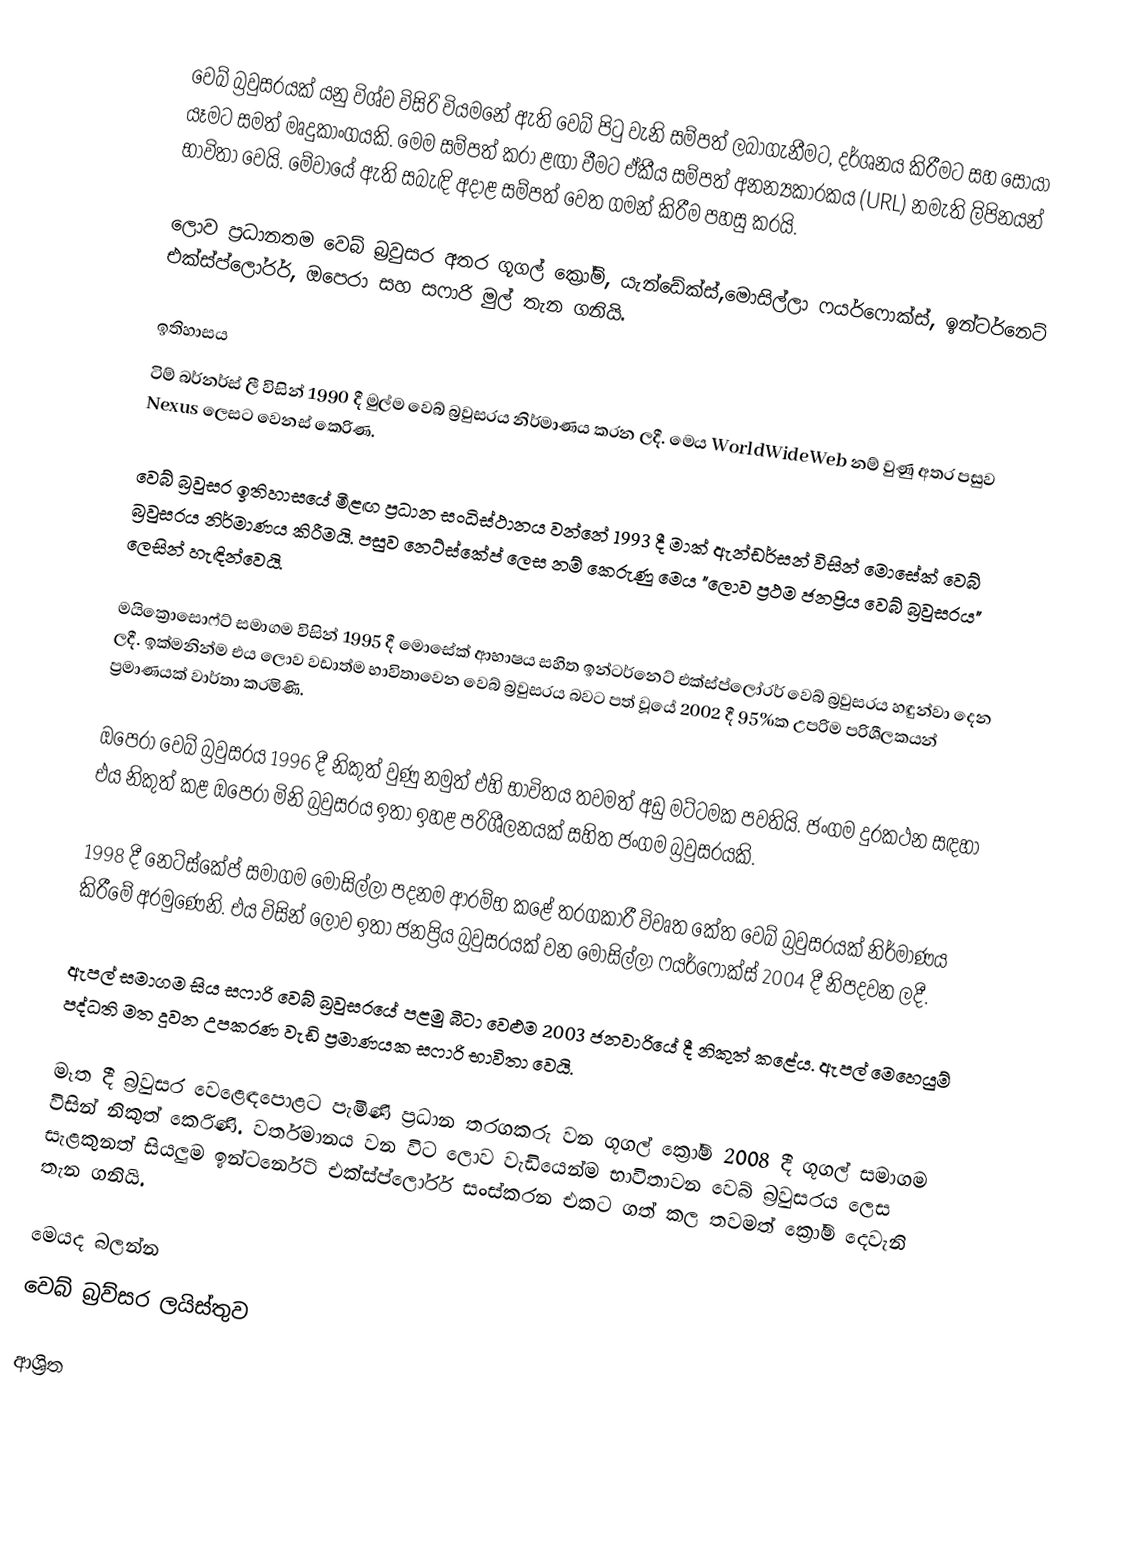
වෙබ් බ්‍රවුසරයක් යනු විශ්ව විසිරි වියමනේ ඇති වෙබ් පිටු වැනි සම්පත් ලබාගැනීමට, දර්ශනය කිරීමට සහ සොයා යෑමට සමත් මෘදුකාංගයකි. මෙම සම්පත් කරා ළඟා වීමට ඒකීය සම්පත් අනන්‍යකාරකය (URL) නමැති ලිපිනයන් භාවිතා වෙයි. මේවායේ ඇති සබැඳි අදාළ සම්පත් වෙත ගමන් කිරීම පහසු කරයි.

ලොව ප්‍රධානතම වෙබ් බ්‍රවුසර අතර ගූගල් ක්‍රෝම්, යැන්ඩේක්ස්,මොසිල්ලා ෆයර්ෆොක්ස්, ඉන්ටර්නෙට් එක්ස්ප්ලෝරර්, ඔපෙරා සහ සෆාරි මුල් තැන ගනියි.

ඉතිහාසය
ටිම් බර්නර්ස් ලී විසින් 1990 දී මුල්ම වෙබ් බ්‍රවුසරය නිර්මාණය කරන ලදී. මෙය WorldWideWeb නම් වුණු අතර පසුව Nexus ලෙසට වෙනස් කෙරිණ.

වෙබ් බ්‍රවුසර ඉතිහාසයේ මීළඟ ප්‍රධාන සංධිස්ථානය වන්නේ 1993 දී මාක් ඇන්ඩර්සන් විසින් මොසේක් වෙබ් බ්‍රවුසරය නිර්මාණය කිරීමයි. පසුව නෙට්ස්කේප් ලෙස නම් කෙරුණු මෙය "ලොව ප්‍රථම ජනප්‍රිය වෙබ් බ්‍රවුසරය" ලෙසින් හැඳින්වෙයි.

මයික්‍රොසොෆ්ට් සමාගම විසින් 1995 දී මොසේක් ආභාෂය සහිත ඉන්ටර්නෙට් එක්ස්ප්ලෝරර් වෙබ් බ්‍රවුසරය හඳුන්වා දෙන ලදී. ඉක්මනින්ම එය ලොව වඩාත්ම භාවිතාවෙන වෙබ් බ්‍රවුසරය බවට පත් වූයේ 2002 දී 95%ක උපරිම පරිශීලකයන් ප්‍රමාණයක් වාර්තා කරමිණි.

ඔපෙරා වෙබ් බ්‍රවුසරය 1996 දී නිකුත් වුණු නමුත් එහි භාවිතය තවමත් අඩු මට්ටමක පවතියි. ජංගම දුරකථන සඳහා එය නිකුත් කළ ඔපෙරා මිනි බ්‍රවුසරය ඉතා ඉහළ පරිශීලනයක් සහිත ජංගම බ්‍රවුසරයකි.

1998 දී නෙට්ස්කේප් සමාගම මොසිල්ලා පදනම ආරම්භ කළේ තරගකාරී විවෘත කේත වෙබ් බ්‍රවුසරයක් නිර්මාණය කිරීමේ අරමුණෙනි. එය විසින් ලොව ඉතා ජනප්‍රිය බ්‍රවුසරයක් වන මොසිල්ලා ෆයර්ෆොක්ස් 2004 දී නිපදවන ලදී.

ඇපල් සමාගම සිය සෆාරි වෙබ් බ්‍රවුසරයේ පළමු බීටා වෙළුම 2003 ජනවාරියේ දී නිකුත් කළේය. ඇපල් මෙහෙයුම් පද්ධති මත දුවන උපකරණ වැඩි ප්‍රමාණයක සෆාරි භාවිතා වෙයි.

මෑත දී බ්‍රවුසර වෙළෙඳපොළට පැමිණි ප්‍රධාන තරගකරු වන ගූගල් ක්‍රෝම් 2008 දී ගූගල් සමාගම විසින් නිකුත් කෙරිණි. වර්තමානය වන විට ලොව වැඩියෙන්ම භාවිතාවන වෙබ් බ්‍රවුසරය ලෙස සැළකුනත් සියලුම ඉන්ටර්නෙට් එක්ස්ප්ලෝරර් සංස්කරන එකට ගත් කල තවමත් ක්‍රෝම් දෙවැනි තැන ගනියි.

මෙයද බලන්න
 වෙබ් බ්‍රව්සර ලයිස්තුව

ආශ්‍රිත